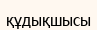
құдықшысы